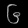
Digit: ၆